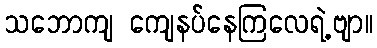
သဘောကျ ကျေနပ်နေကြလေရဲ့ဗျာ။